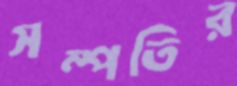
সম্পতির